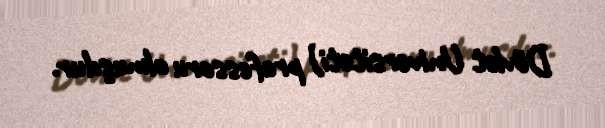
Dövlət Universiteti) professoru olmuşdur.